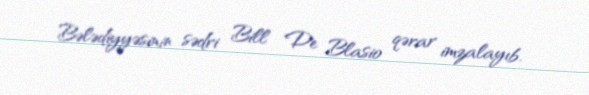
Bələdiyyəsinin sədri Bill De Blasio qərar imzalayıb.